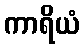
ကာရိယံ